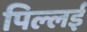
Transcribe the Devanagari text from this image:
पिल्‍लई